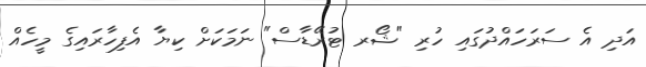
އަދި އެ ސަރަހައްދުގައި ހުރި "ޝޯރ ޓުރޭޑާސް" ނަމަކަށް ކިޔާ އެފިހާރައިގެ މީހެއް